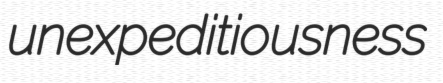
unexpeditiousness